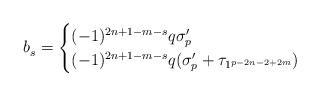
LaTeX: \begin{align*}b_s^{} = \begin{cases}(-1)^{2n+1-m-s}q \sigma_{p}' & \\(-1)^{2n+1-m-s}q (\sigma_{p}'+\tau_{1^{p-2n-2+2m}}) & \end{cases}\end{align*}